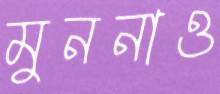
মুননাও